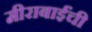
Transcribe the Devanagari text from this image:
मीराबाईंची